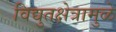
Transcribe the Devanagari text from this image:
विद्युतक्षेत्रामुळे